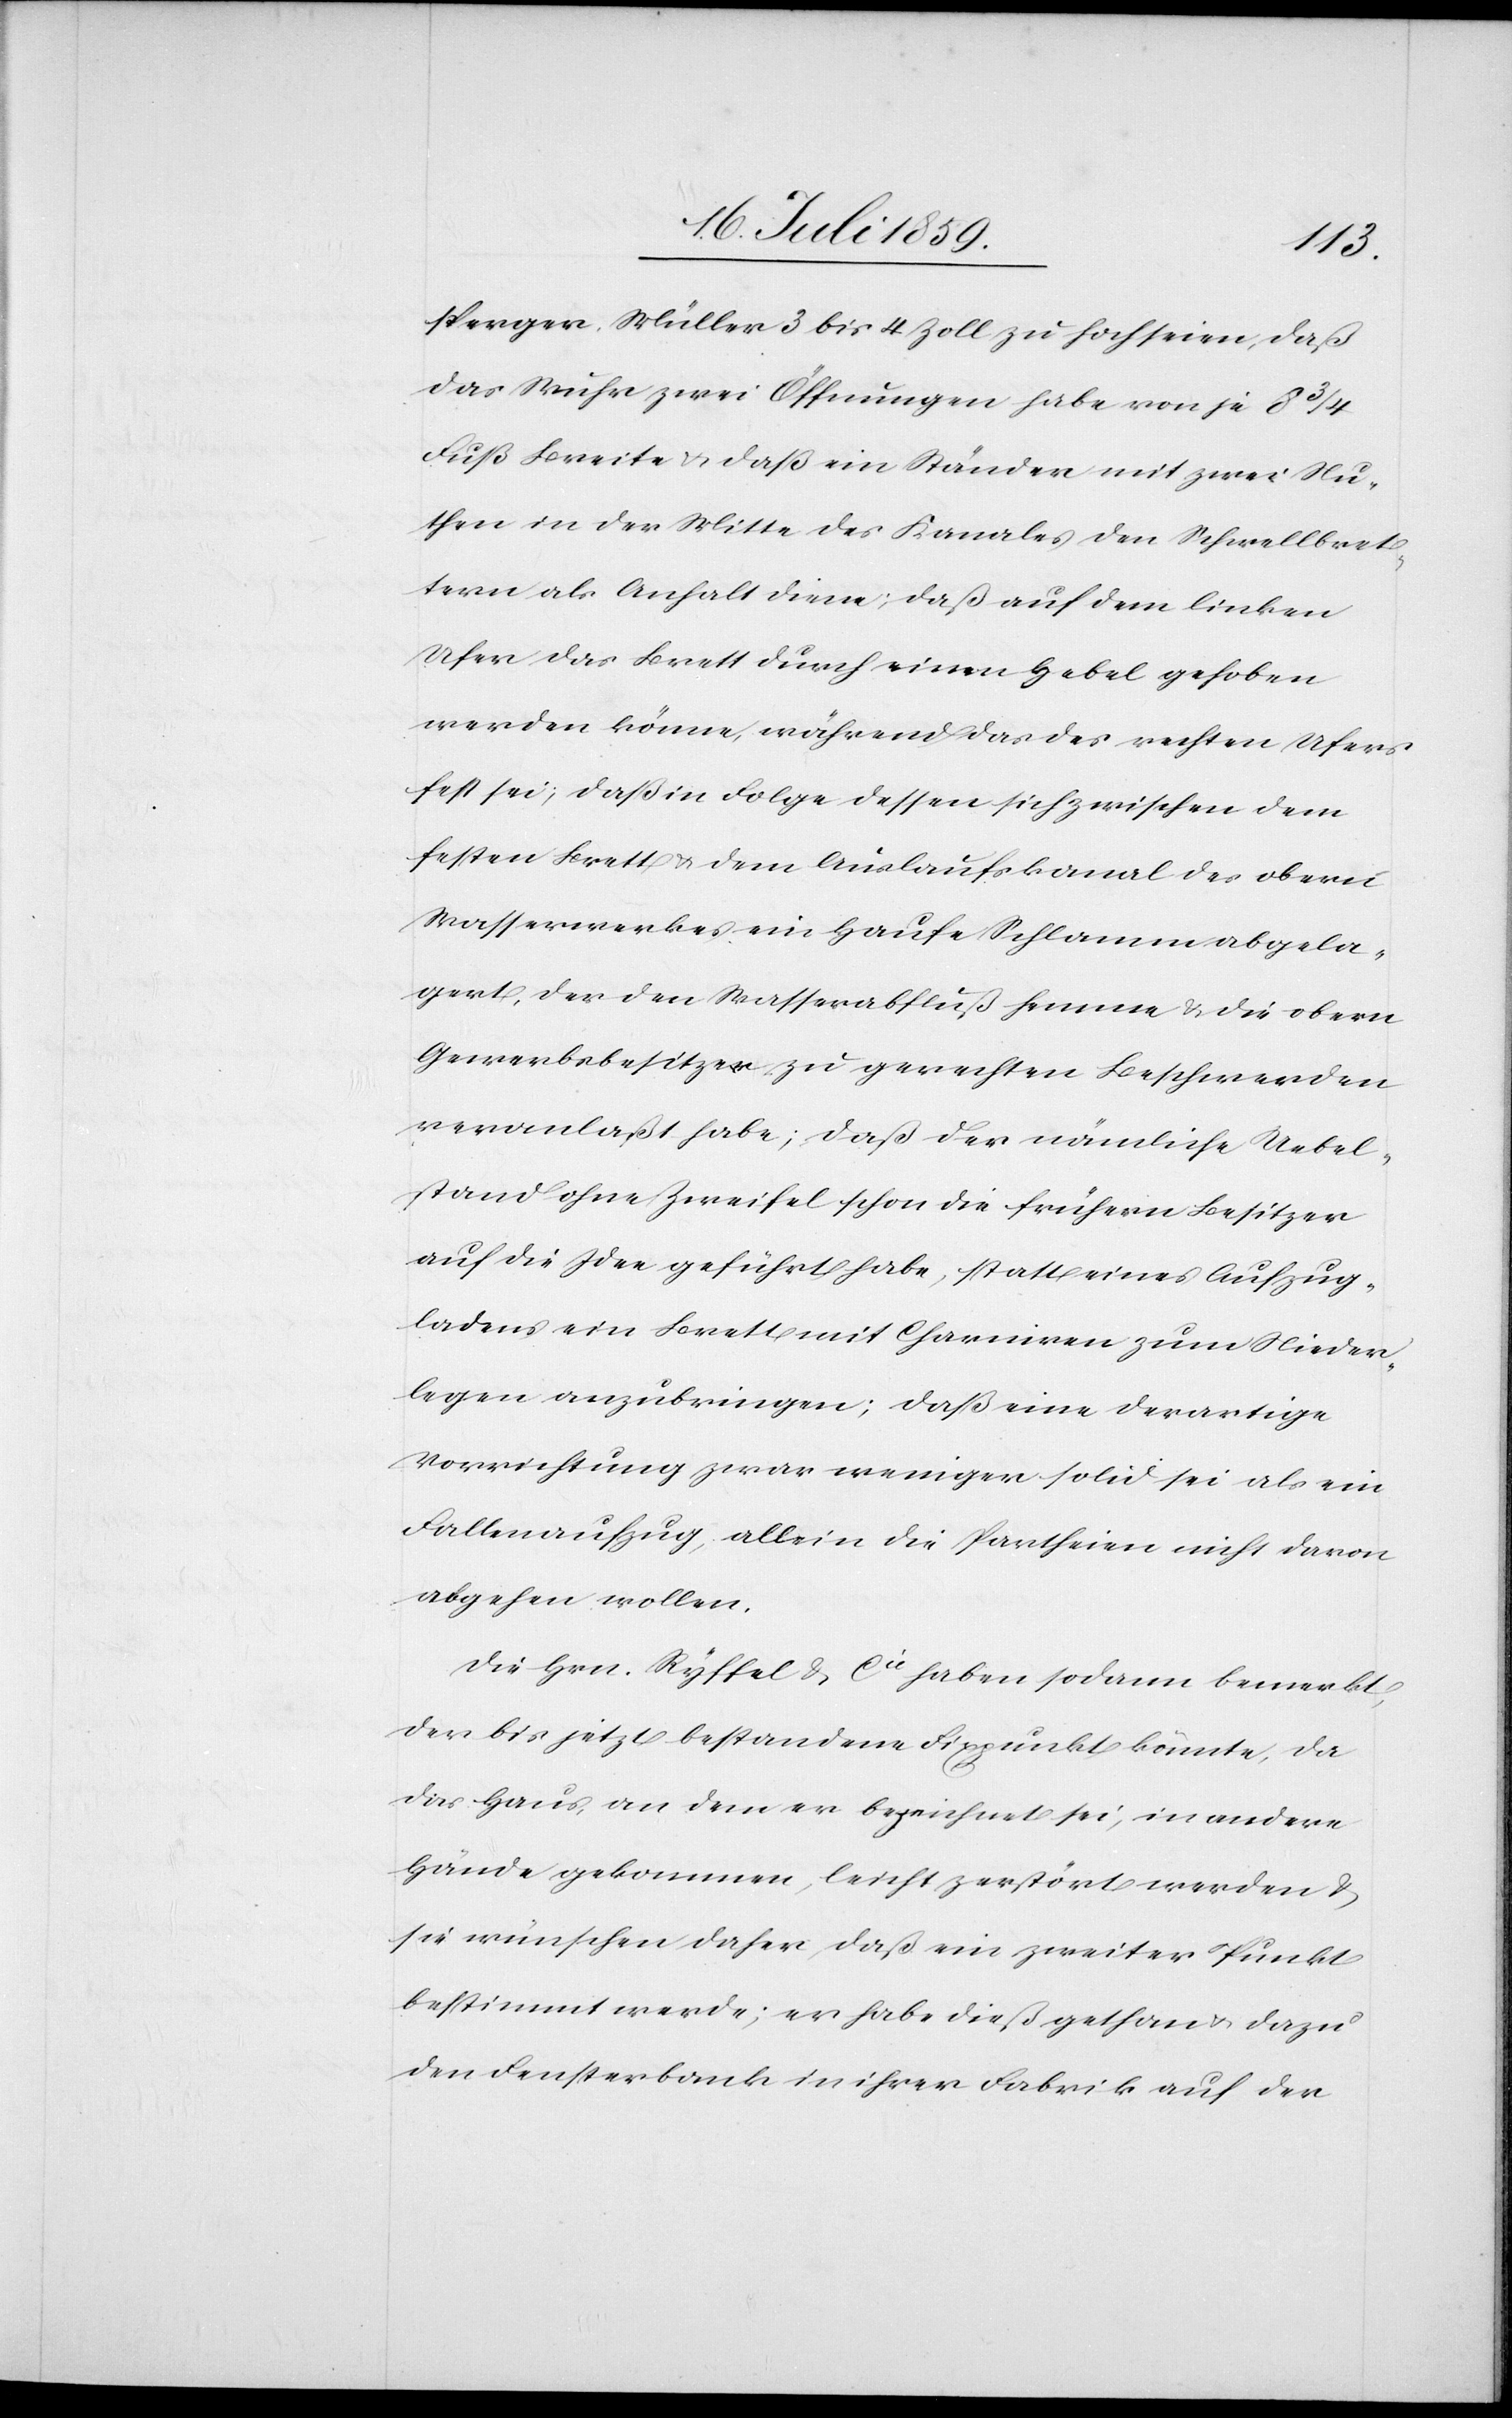
perger Müller 3 bis 4 Zoll zu hoch seien, daß
das Wuhr zwei Öffnungen habe von je 8 3/4
Fuß Breite u. daß ein Ständer mit zwei Nu¬
then in der Mitte des Kanales den Schwellbret¬
tern als Anhalt diene; daß auf dem linken
Ufer das Brett durch einen Hebel gehoben
werden könne, während das des rechten Ufers
fest sei, daß in Folge dessen sich zwischen dem
festen Brett u. dem Auslaufskanal des obern
Wasserwerkes ein Haufe [sic!] Schlamm abgela¬
gert, der den Wasserabfluß hemme u. die obern
Gewerbsbesitzer zu gerechten Beschwerden
veranlaßt habe; daß der nämliche Uebel¬
stand ohne Zweifel schon die frühern Besitzer
auf die Idee geführt habe, statt eines Aufzug¬
ladens ein Brett mit Charnieren zum Nieder¬
legen anzubringen; daß eine derartige
Vorrichtung zwar weniger solid sei als ein
Fallenaufzug; allein die Partheien nicht davon
abgehen wollen.
Die Hrn. Ryffel & Cie haben sodann bemerkt,
der bis jetzt bestandene Fixpunkt könnte, da
das Haus, an dem er bezeichnet sei, in andere
Hände gekommen, leicht zerstört werden u.
sie wünschen daher, daß ein zweiter Punkt
bestimmt werde; er habe dieß gethan u. dazu
den Fensterbank in ihrer Fabrik auf der